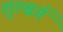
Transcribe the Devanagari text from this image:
शुल्बर्ग